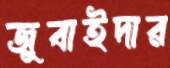
জুবাইদার